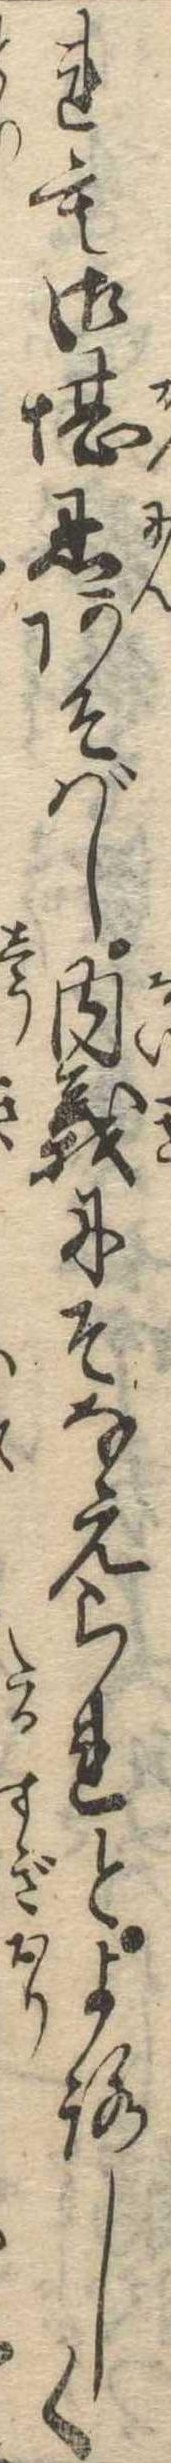
れも御堪忍あそばし内義にそなえられとよろしく